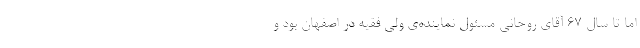
اما تا سال ۶۷ آقای روحانی مسئول نماینده‌ی ولی فقیه در اصفهان بود و